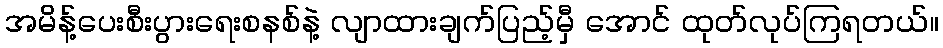
အမိန့်ပေးစီးပွားရေးစနစ်နဲ့ လျာထားချက်ပြည့်မှီ အောင် ထုတ်လုပ်ကြရတယ်။